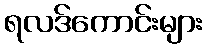
ရလဒ်ကောင်းများ